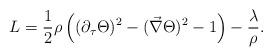
LaTeX: \begin{align*}L=\frac{1}{2}\rho\left((\partial_{\tau}\Theta)^2-(\vec\nabla\Theta)^2-1\right)-\frac{\lambda}{\rho}.\end{align*}